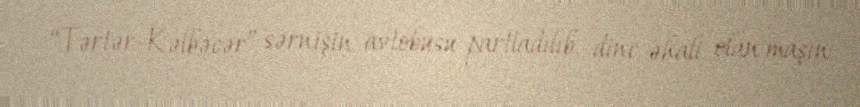
“Tərtər-Kəlbəcər” sərnişin avtobusu partladılıb, dinc əhali olan maşın